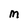
Character: M